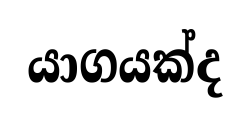
යාගයක්ද